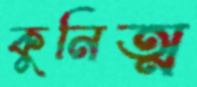
কুনিত্ম